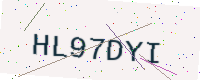
Text: HL97DYI